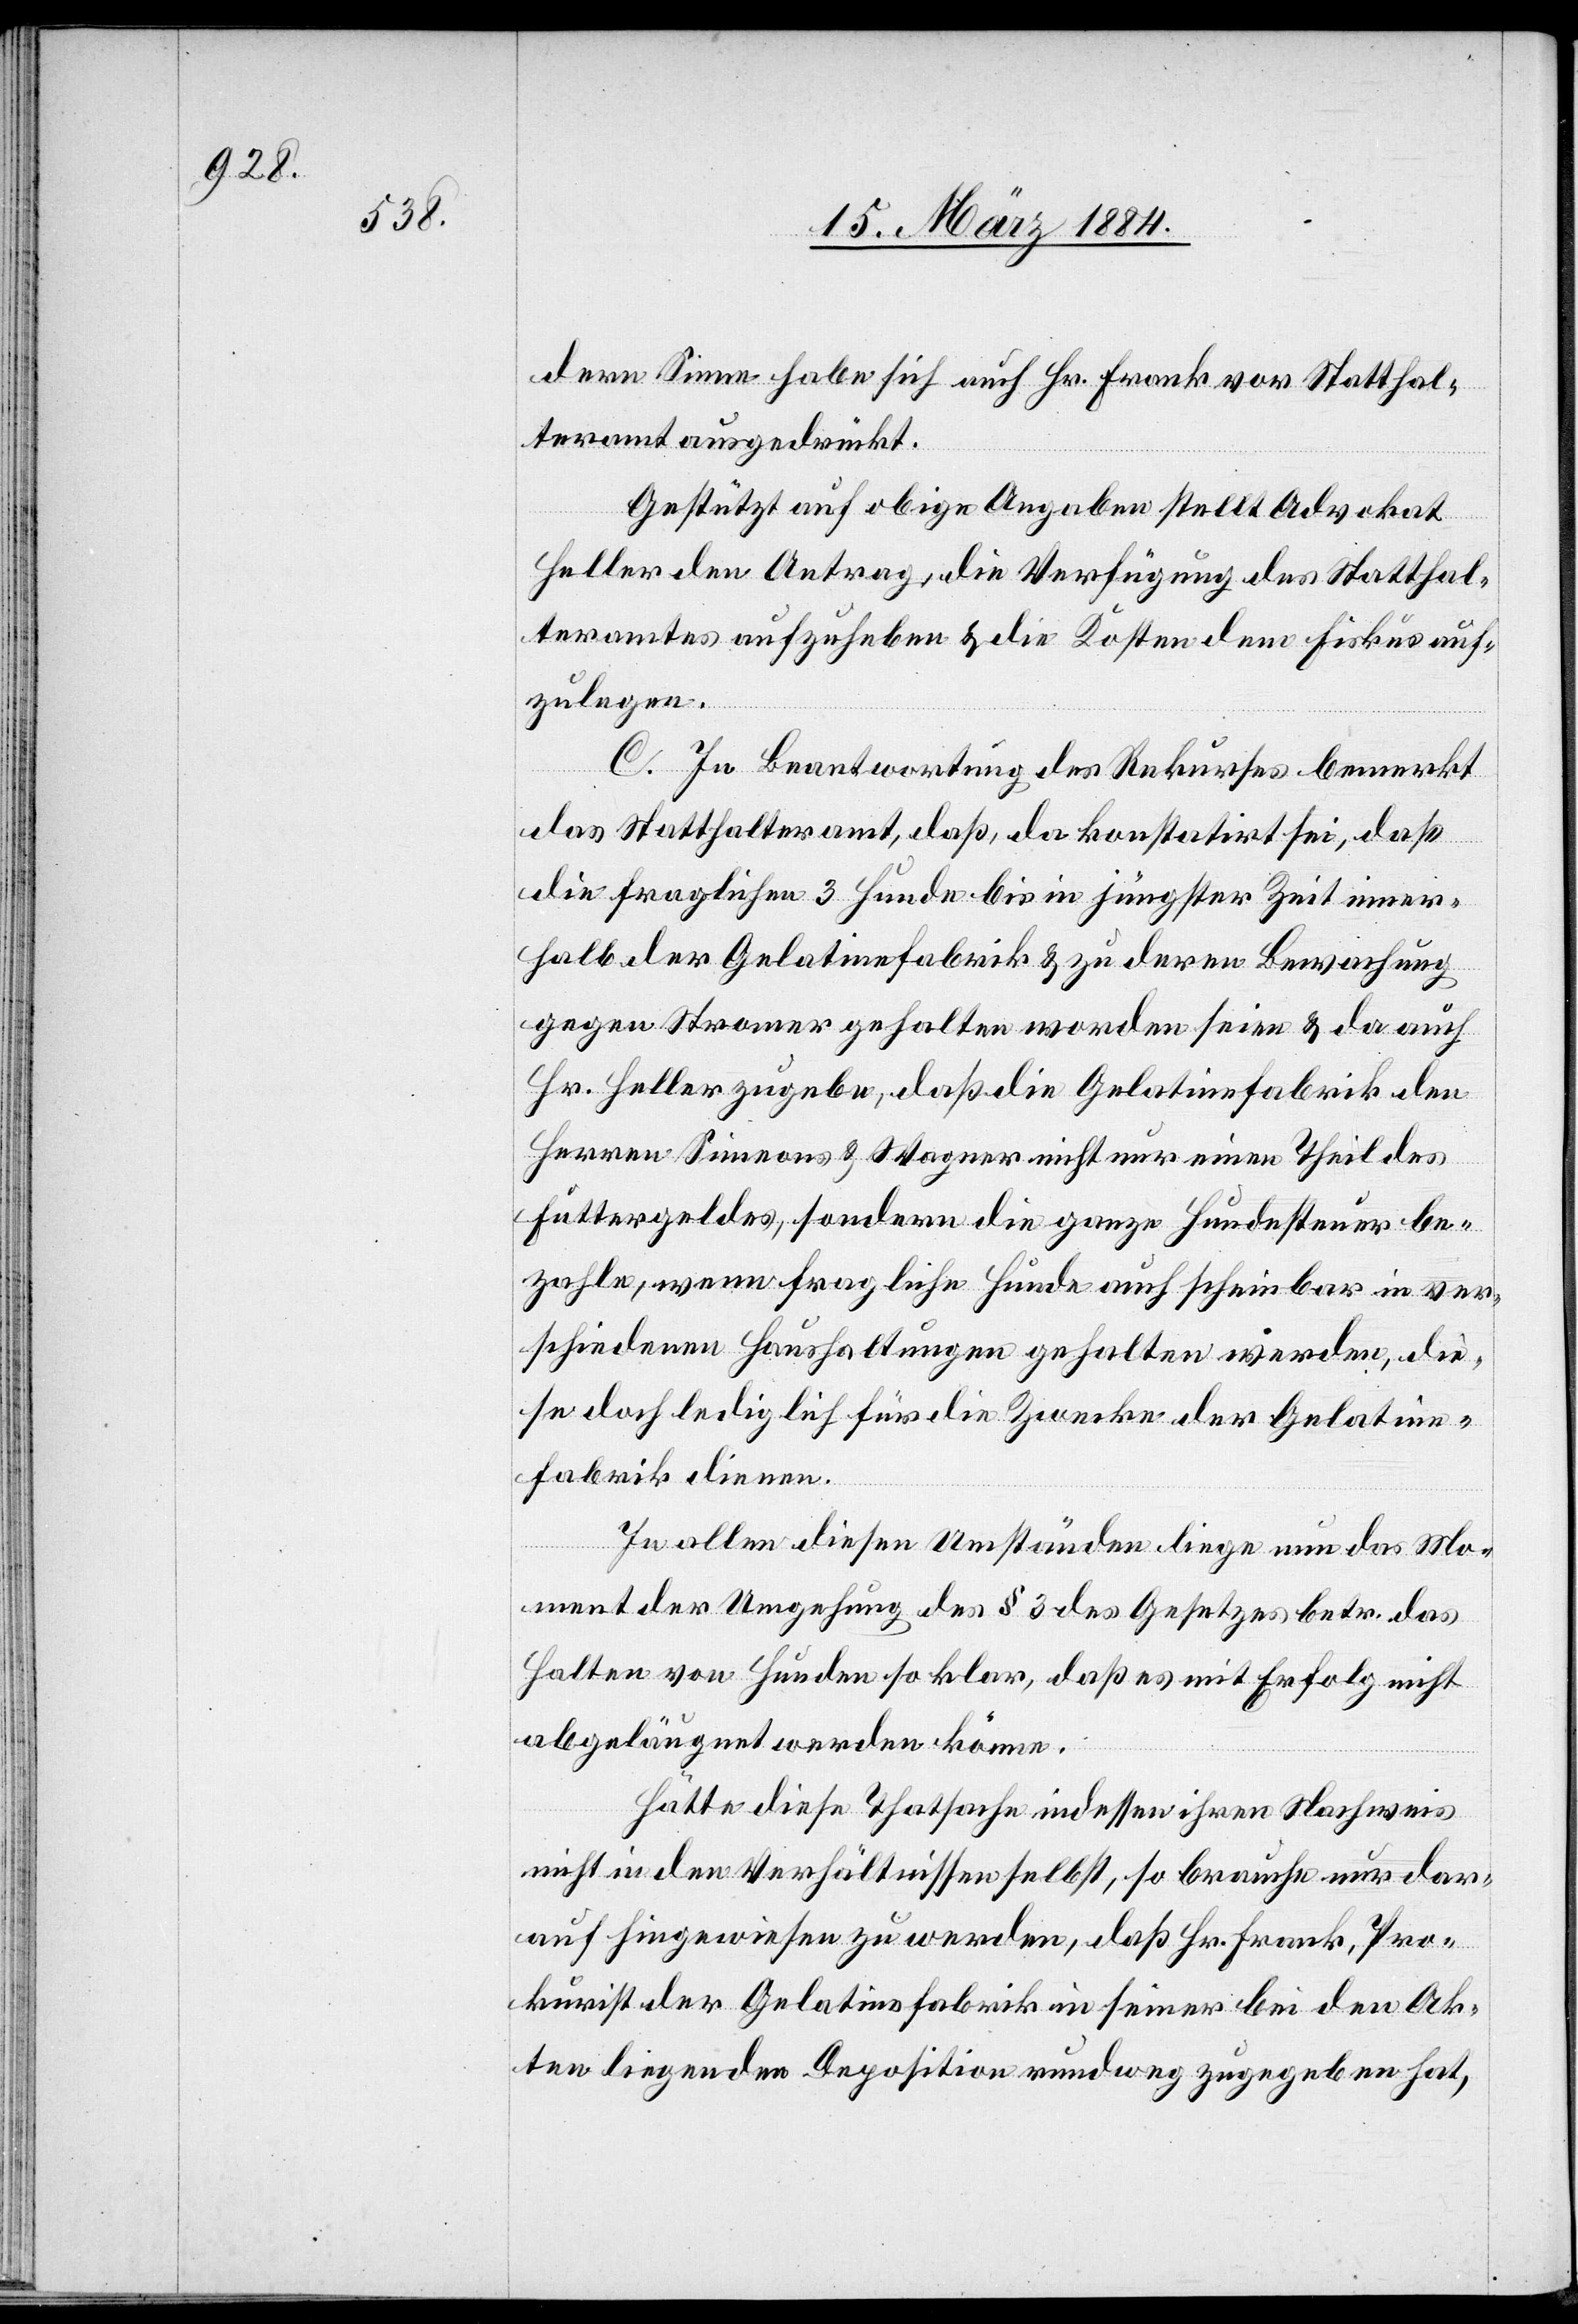
dern Sinne habe sich auch Hr. Frank vor [dem] Statthal¬
teramt ausgedrückt.
Gestützt auf obige Ausgaben stellt Advokat
Heller den Antrag, die Verfügung des Statthal¬
teramtes aufzuheben & die Kosten dem Fiskus auf¬
zulegen.
C. In Beantwortung des Rekurses bemerkt
das Statthalteramt, daß, da konstatirt sei, daß
die fraglichen 3 Hunde bis in jüngster Zeit inner¬
halb der Gelatinefabrik & zu deren Bewachung
gegen Stromer gehalten worden seien & da auch
Hr. Heller zugebe, daß die Gelatinefabrik den
Herren Simeons & Wagner nicht nur einen Theil des
Futtergeldes, sondern die ganze Hundesteuer be¬
zahlen, wenn fragliche Hunde auch scheinbar in ver¬
schiedenen Haushaltungen gehalten werden, die¬
se doch lediglich für die Zwecke der Gelatine¬
fabrik dienen.
In allen diesen Umständen liege nun das Mo¬
ment der Umgehung des § 3 des Gesetzes betr. das
Halten von Hunden so klar, daß es mit Erfolg nicht
abgeläugnet werden könne.
Hätte diese Thatsache indessen ihren Nachweis
nicht in den Verhältnissen selbst, so brauche nur dar¬
auf hingewiesen zu werden, daß Hr. Frank, Pro¬
kurist der Gelatinefabrik in seiner bei den Ak¬
ten liegenden Deposition rundweg zugegeben hat,